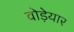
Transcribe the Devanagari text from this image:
वोड़ेयार